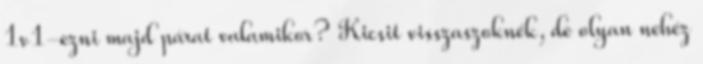
1v1-ezni majd párat valamikor? Kicsit visszaszoknék, de olyan nehéz